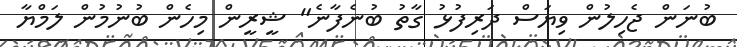
ބުނަން ޖެހިލުން ވިޔަސް ދަރިފުޅު ގާތު ބުނެފާނެ" ޝީރީން މިހެން ބުނުމުން ލަމްޔާ